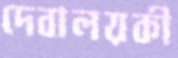
দেবালয়কী